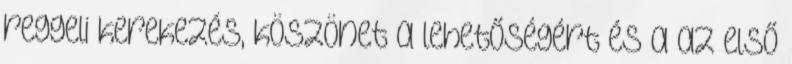
reggeli kerekezés, köszönet a lehetőségért és a az első